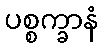
ပစ္စက္ခာနံ